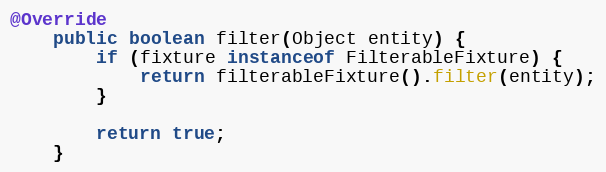
Language: Java
@Override
	public boolean filter(Object entity) {
		if (fixture instanceof FilterableFixture) {
			return filterableFixture().filter(entity);
		}

		return true;
	}